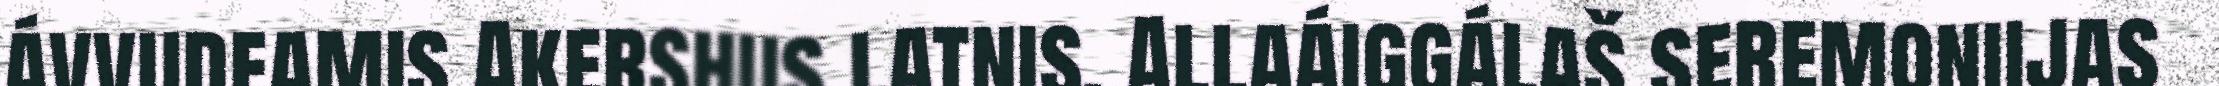
ávvudeamis Akershus latnis. Allaáiggálaš seremoniijas